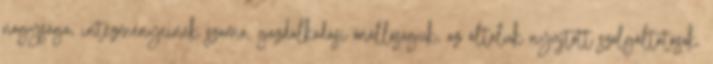
nagysága, intézményeinek száma, gazdálkodási önállóságuk, az általuk nyújtott szolgáltatások.